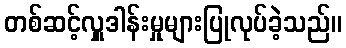
တစ်ဆင့်လှူဒါန်းမှုများပြုလုပ်ခဲ့သည်။